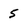
Character: 5